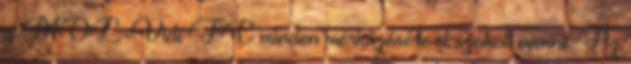
a MOL-Vidi FC minden mérkőzésére el szokott menni. Az